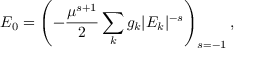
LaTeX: E _ { 0 } = \left( - \frac { \mu ^ { s + 1 } } { 2 } \sum _ { k } g _ { k } | E _ { k } | ^ { - s } \right) _ { s = - 1 } ,